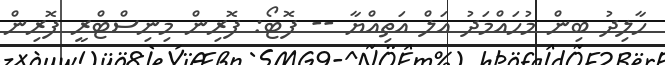
ހާލިދު ބިން މުހައްމަދު އަލް އަތިއްޔާ -- ފޮޓޯ: ފޮރިން މިނިސްޓްރީ ފޮރިން